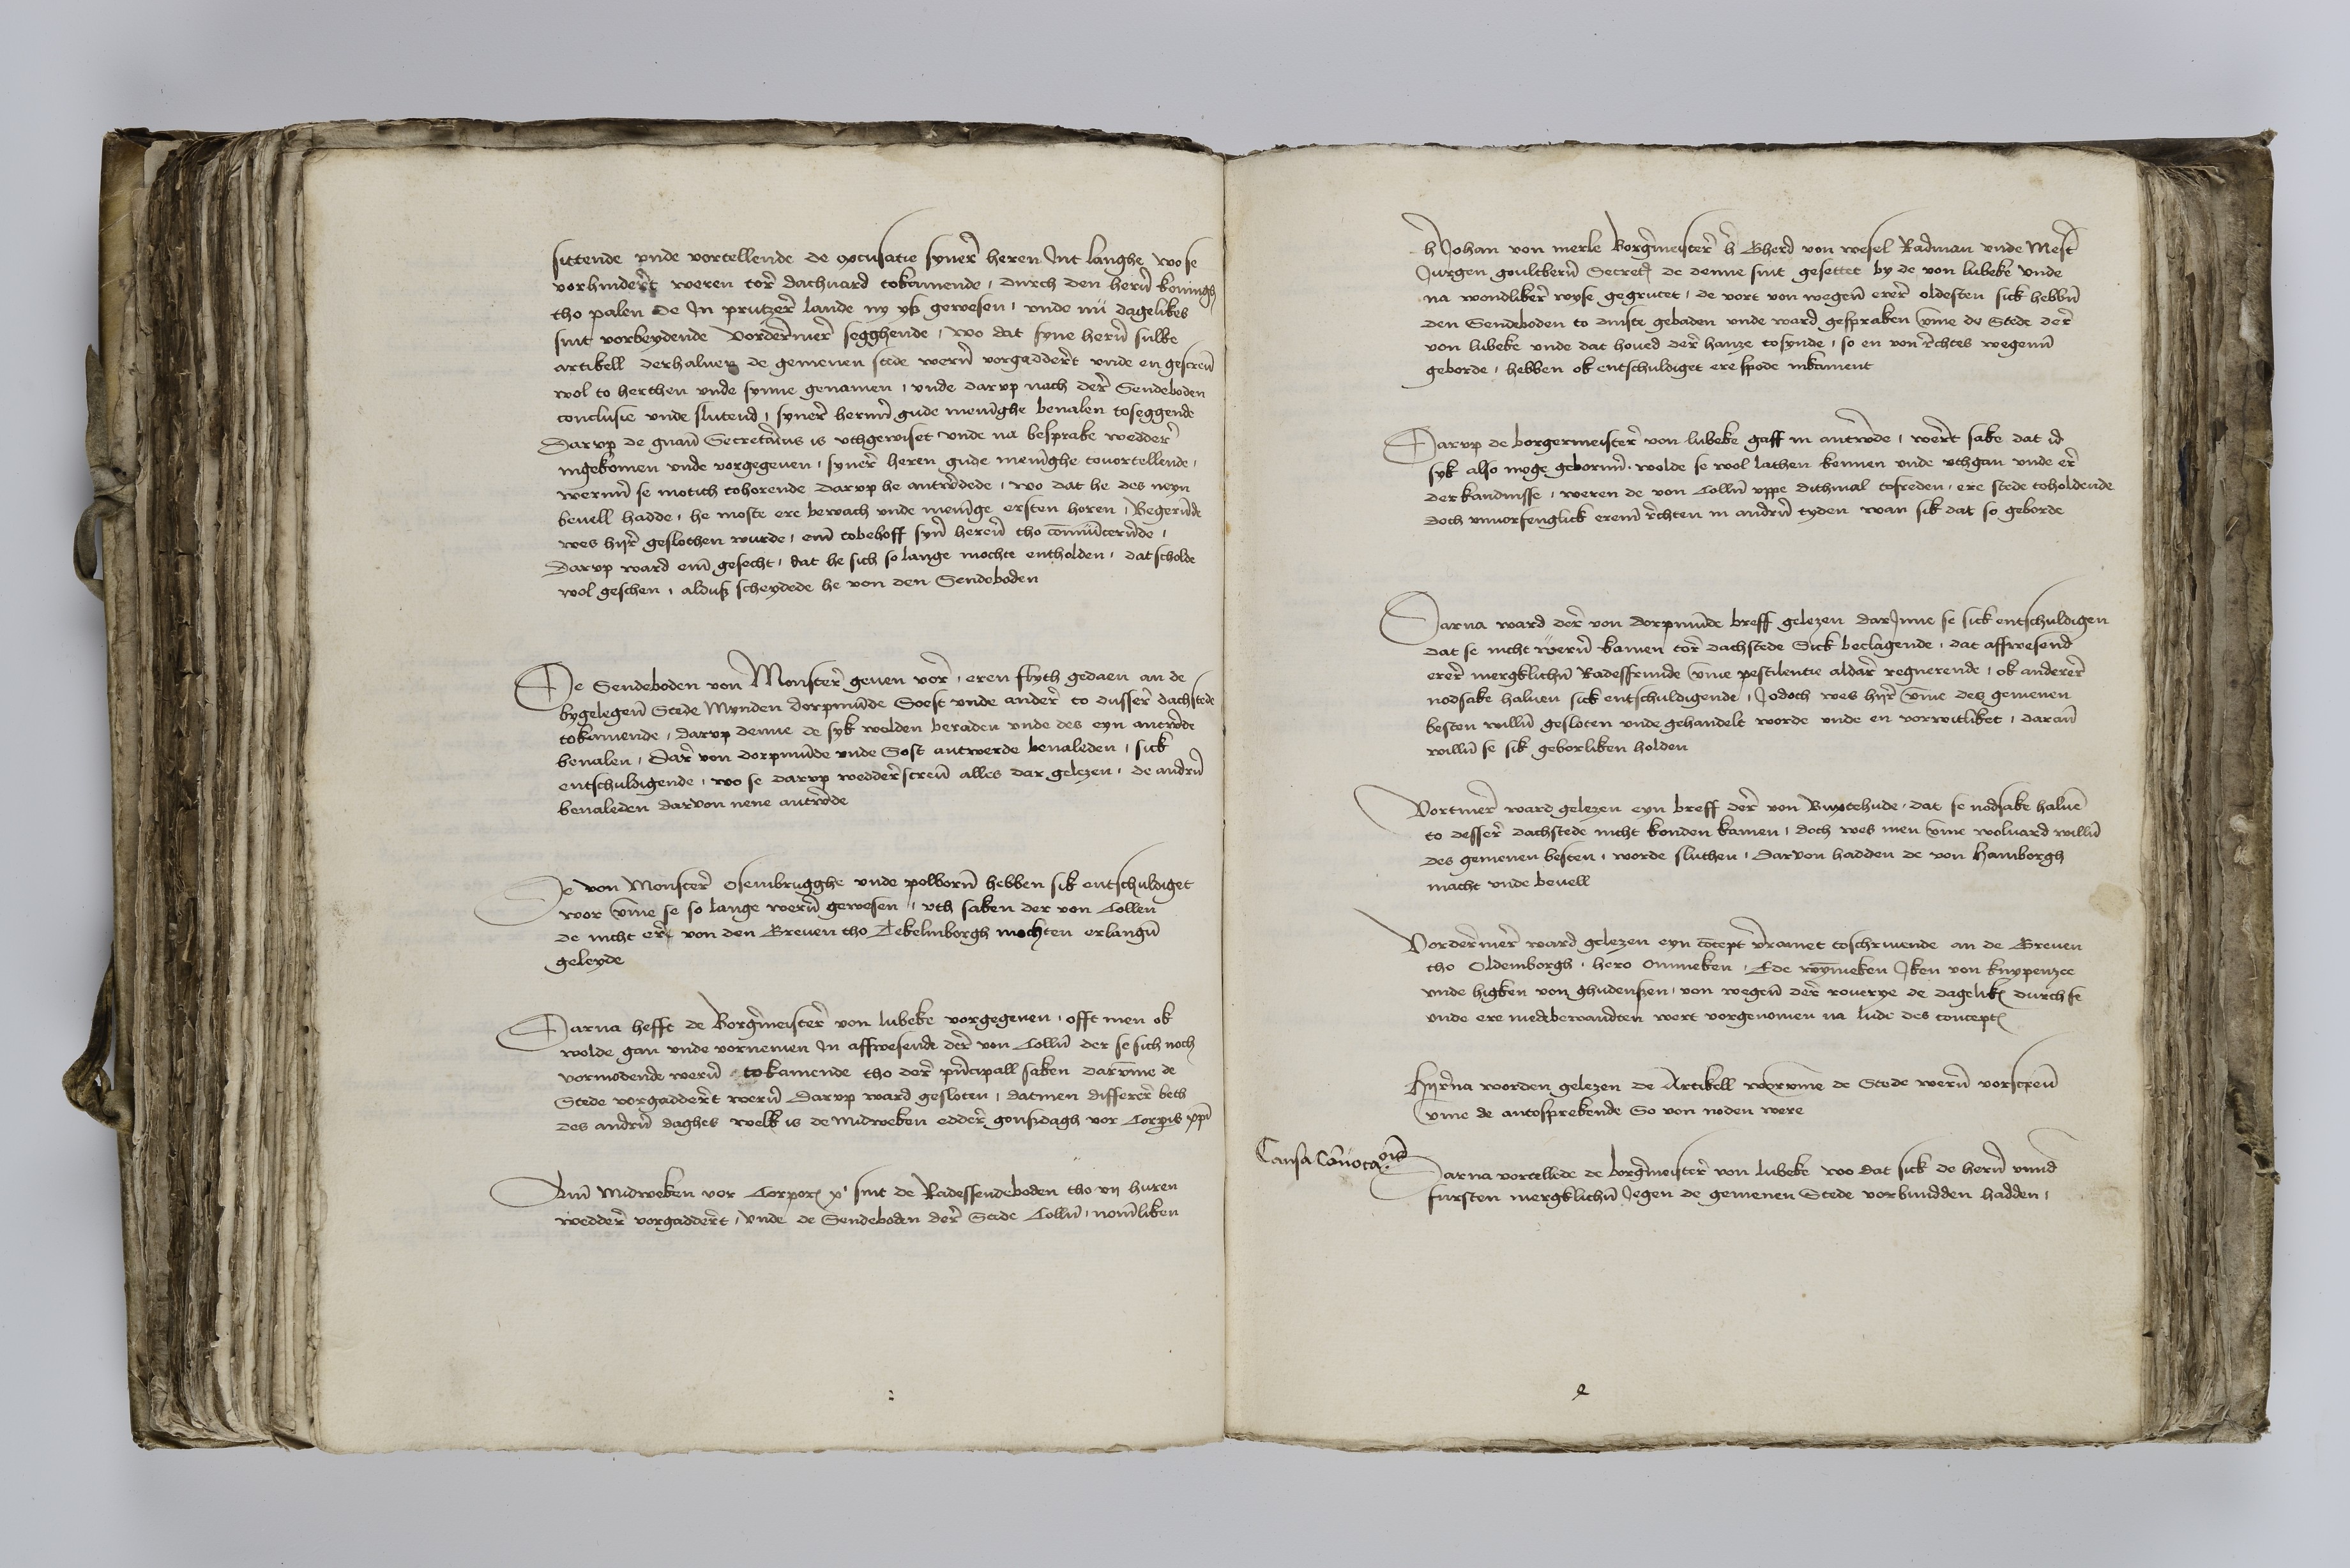
sittende vnde vortellende de excusatie synere heren Jnt langhe wo se
vorhinderet weren tore dachuard tokamende, durch den heren koningh
tho Polen de Jn prutzere lande ny ys gewesen, vnde nu dagelikes
sint vorbeydende vorderemere segghende, wo dat syne heren sulke
artikell derhaluen de gemenen stede weren vorgadderet vnde er gescreuen
wol to herthen vnde synne genamen, vnde dar vp nach dere Sendeboden
conclusie vnde slutend, synere herenn gude meninghe beualen toseggende
Dar vp de gnante Secretarius is vthgewiset vnde na besprake weddere
ingekomen vnde vorgegeuen, synere heren gude meninghe touortellende,
werenn se motith tohorende darvp he antwerdede, wo dat he des neyn
beuell hadde, he moste ere bewach vnde meninge ersten horen, Begerunde
wes hyre geslothen wurde, eme tobehoff syner herenn tho communicerende,
Darvp ward eme gesecht, dat he sich so lange mochte entholden, dat scholde
wol geschen, aldus scheydede he von den Sendeboden

De Sendeboden von Monstere geuen vore, eren flyth gedaen an de
bygelegenen Stede Mynden Dorpmunde Soest vnde andere to dussere dachstede
tokamende, darvp denne de syk wolden beraden vnde des eyn antwerde
beualen, dare von Dorpmunde vnde Sost antwerde beualeden, sick
entschuldigende, wo se darvp wedderescreuen alles dar gelezen, de andren
beualeden dorvon nene antwerde

De von Monstere Osembrugghe vnde Polboren hebben sik entschuldiget
wor vmme se so lange weren gewesen, vth saken der von Collen
de nicht ere vor den Breuen tho Tekelinborgh mochten erlangen
geleyde

Darna hefft de Borgermeistere von Lubeke vorgegeuen, offt men ok
wolde gan vnde vornemen Jn affwesende dere von Collen der se sich noch
vormodende weren, tokamende tho dere principall saken darvmme de
Stede vorgadderet weren darvp ward gesloten, datmen differer beth
des andren daghes welk is de midweken edder gonsdagh vor Corporis christi

Am Midweken vor Corporis christi sint de Radessendeboden tho vij huren
wedder vorgadderet, vnde de Sendeboden dere Stede Collen nomenliken

her Johan von Merle Borgermeystere her Gherd von Wesel Radman vnde Mester
Jurgen Goultberen Secretarius de denne sint gesettet by de von Lubeke vnde
na wondlikere wyse gegrutet, de vort von wegene erere oldesten sick hebben
den Sendeboden to dinste gebaden vnde ward gespraken vmme de Stede dere
von Lubeke vnde dat houed dere hanze tosynde, so en von rechtes wegenne
geborde, hebben ok entschuldiget ere spode inkament

Dar vp de borgermeistere von Lubeke gaff in antwerde, weret sake dat id
syk also moge geborenne wolde se wol lathen kennen vnde vthgan vnde ere
der kandnisse weren de von Collen vppe dithmal tofreden, ere stede toholdende
doch vnuorfenglick ereme rechten in anderen tyden wan sik dat so geborde

Darna ward derer von Dorpmunde breff gelezen darJnne se sick entschuldigen
dat se nicht weren kamen tore dachstede Sick beclagende, dat affwesend
erere mergklichen Radesfrunde vmme pestilentie aldare regnerende, ok anderer
nodsake haluen sick entschuldigende, Jodoch wes hyre vmme des gemenen
besten willen gesloten vnde gehandelt worde vnde en vorwitliket, darane
willen se sik geborliken holden

Vortmere ward gelezen eyn breff derer von Buxtehude, dat se nodsake haluen
to dessere dachstede nicht konden kamen, doch wes men vmme woluard willen
des gemenen besten, worde sluthen, Darvon hadden de von Hamborgh
macht vnde beuell

Vordermer ward gelezen eyn concept vorramet toschriuende an de Greuen
tho Oldemborgh Hero Ommeken, Ede Wymmeken, Jken von Knypenzee
vnde Higken von Ghudensen, von wegene der rouerye de dagelikes durch se
vnde ere medebewandten wert vorgenomen na lude des conceptes

Hyre na worden gelezen de Artikell worvmme de Stede weren vorscreuen
vmme de antosprekende So von noden were

Darna vortellede de borgermeystere von Lubeke wo dat sick de heren vnnd
fursten mergklichen Jegen de gemenen Stede vorbundden hadden

Causa lomatilis